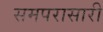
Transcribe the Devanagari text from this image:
समपरासारी